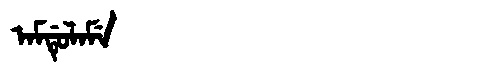
Manchu: ᠠᠮᡩᡠᠯᠠᠮᡝ
Romanization: AMDULAME